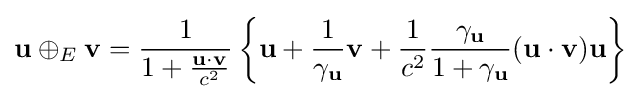
\mathbf {u} \oplus _{E}\mathbf {v} ={\frac {1}{1+{\frac {\mathbf {u} \cdot \mathbf {v} }{c^{2}}}}}\left\{\mathbf {u} +{\frac {1}{\gamma _{\mathbf {u} }}}\mathbf {v} +{\frac {1}{c^{2}}}{\frac {\gamma _{\mathbf {u} }}{1+\gamma _{\mathbf {u} }}}(\mathbf {u} \cdot \mathbf {v} )\mathbf {u} \right\}